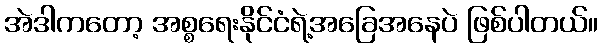
အဲဒါကတော့ အစ္စရေးနိုင်ငံရဲ့အခြေအနေပဲ ဖြစ်ပါတယ်။